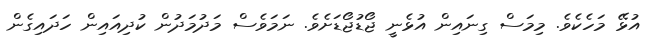
އުޅޭ މަހެކެވެ. މިމަސް ގިނައިން އުޅެނީ ޖޯޑުޖޯޑަށެވެ. ނަމަވެސް މަދުމަދުން ކުދިއައިން ހަދައިގެން